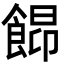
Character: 𩜟